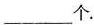
___个。